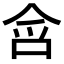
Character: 𭇥